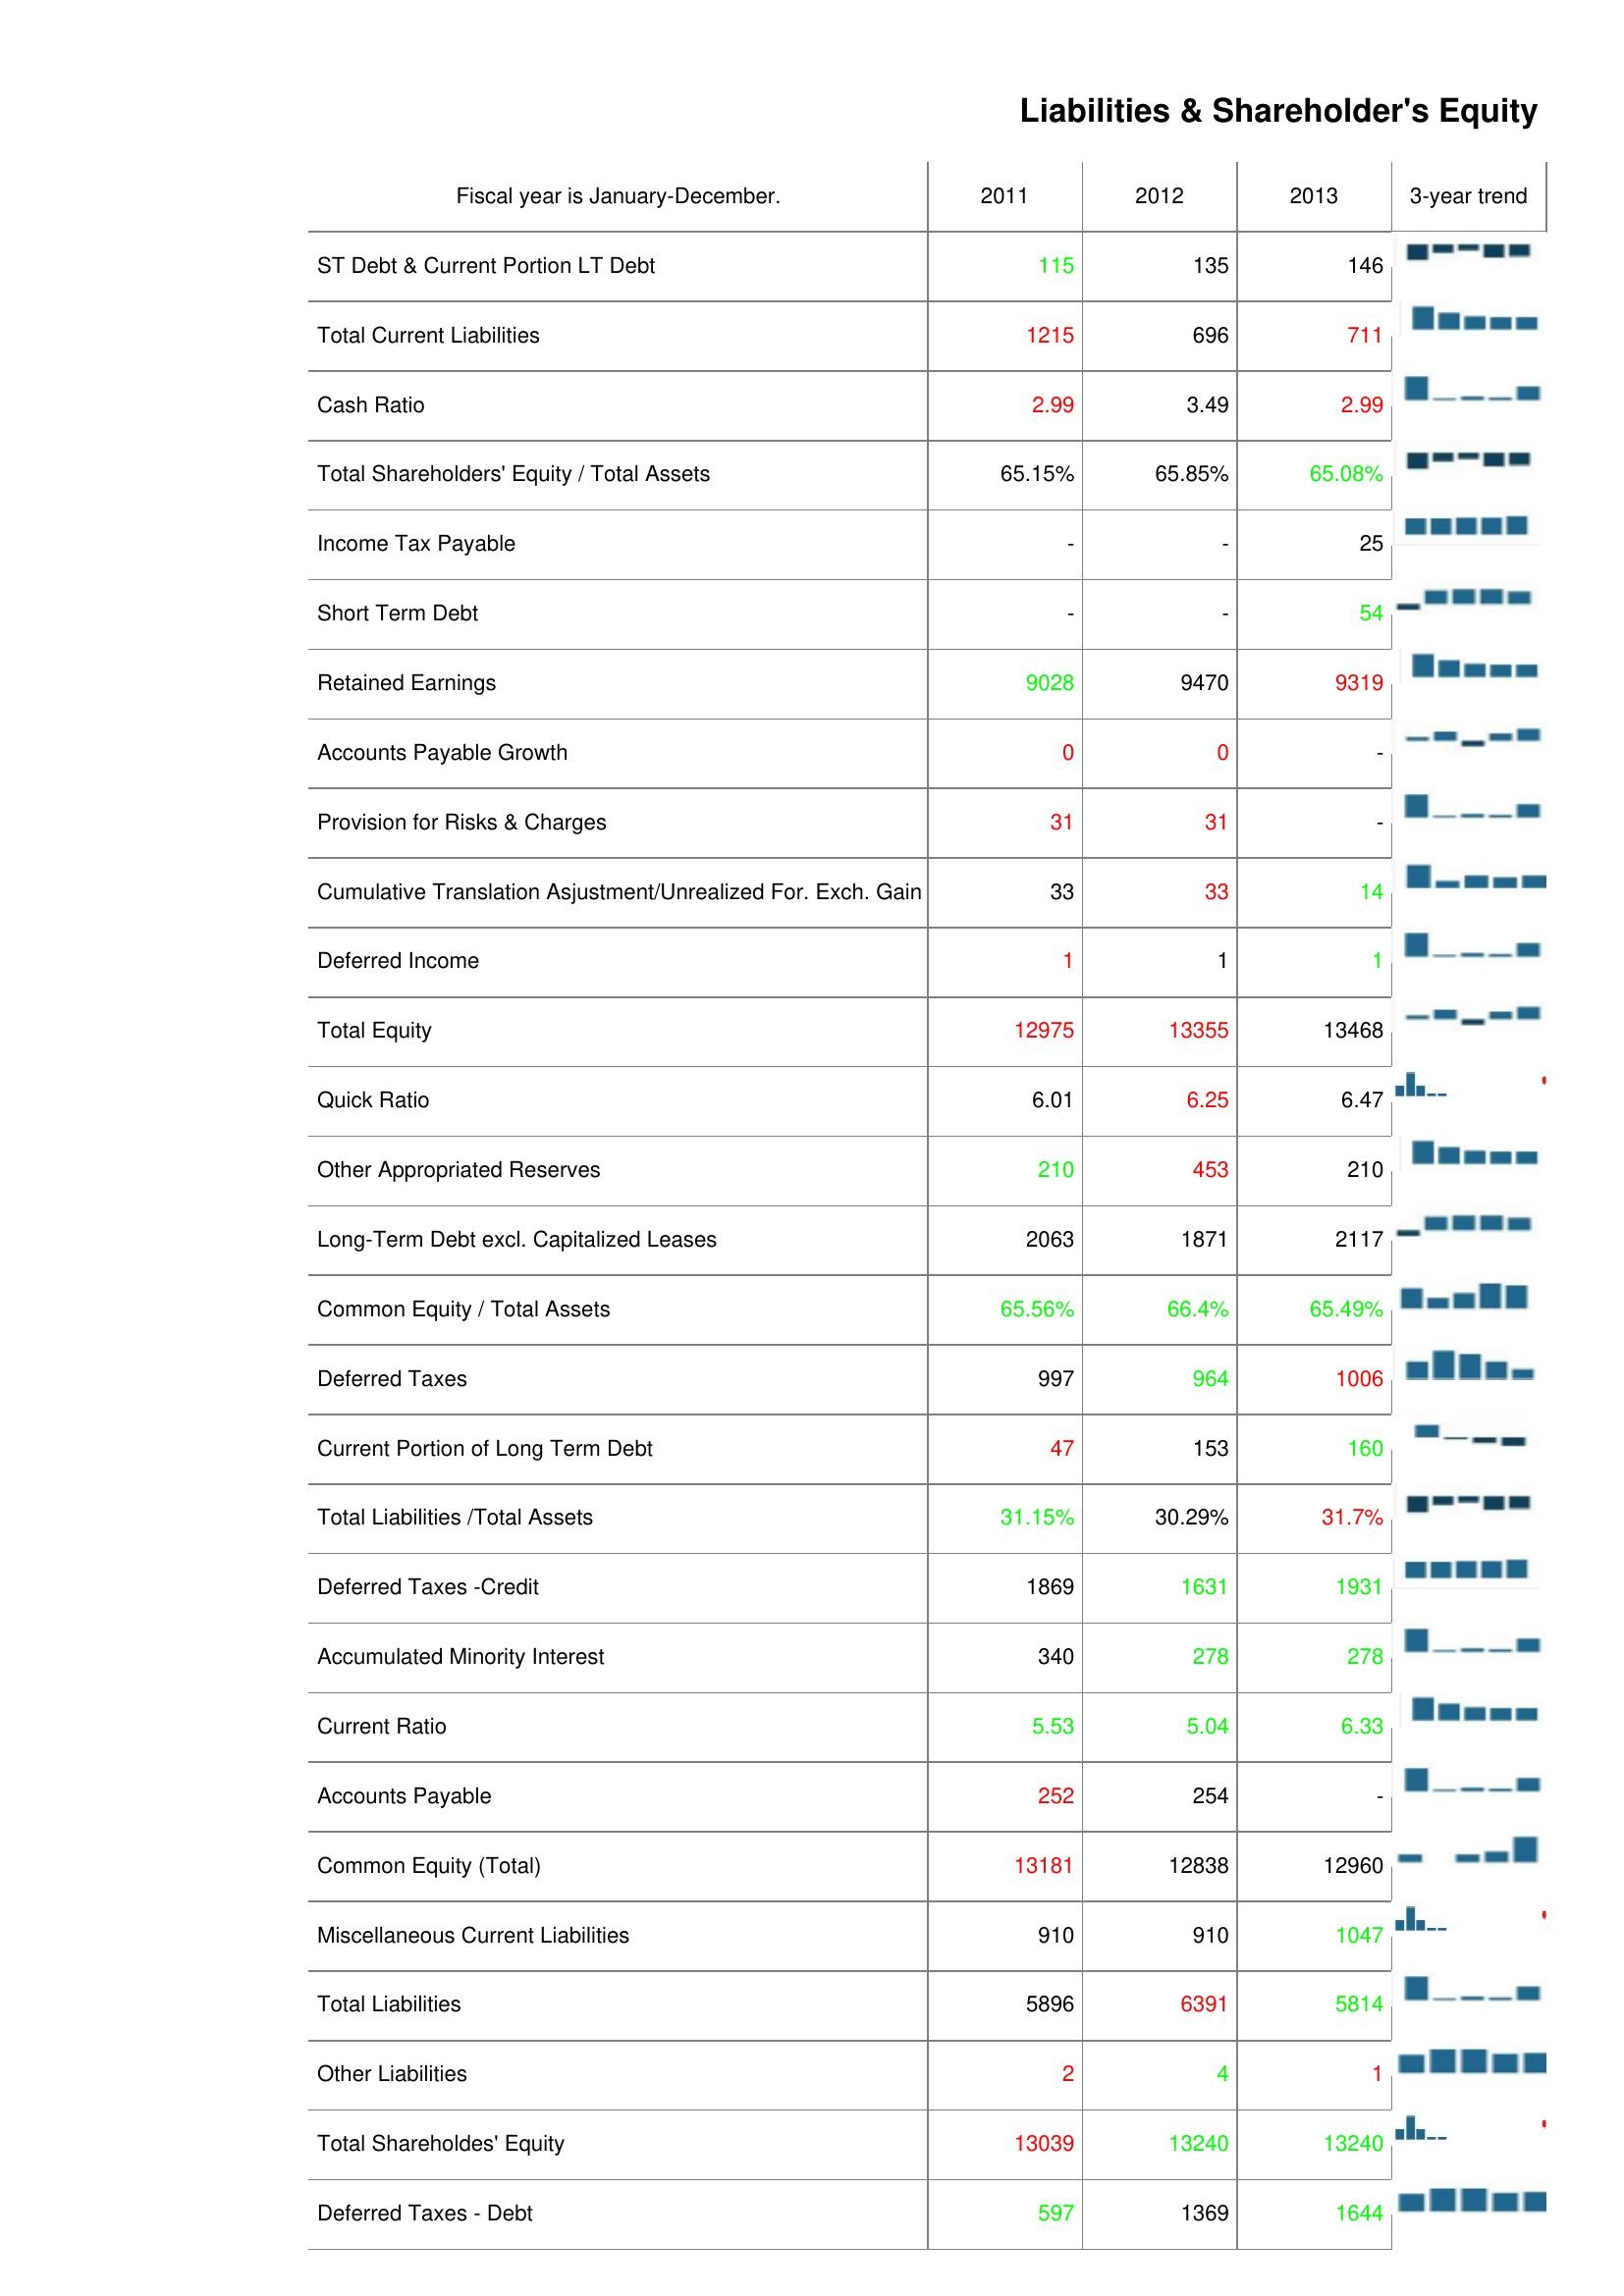
2011: Liabilities & Shareholder's Equity: ST Debt & Current Portion LT Debt: 115
Total Current Liabilities: 1215
Cash Ratio: 2.99
Total Shareholders' Equity / Total Assets: 65.15%
Income Tax Payable: -
Short Term Debt: -
Retained Earnings: 9028
Accounts Payable Growth: 0
Provision for Risks & Charges: 31
Cumulative Translation Asjustment/Unrealized For. Exch. Gain: 33
Deferred Income: 1
Total Equity: 12975
Quick Ratio: 6.01
Other Appropriated Reserves: 210
Long-Term Debt excl. Capitalized Leases: 2063
Common Equity / Total Assets: 65.56%
Deferred Taxes: 997
Current Portion of Long Term Debt: 47
Total Liabilities /Total Assets: 31.15%
Deferred Taxes -Credit: 1869
Accumulated Minority Interest: 340
Current Ratio: 5.53
Accounts Payable: 252
Common Equity (Total): 13181
Miscellaneous Current Liabilities: 910
Total Liabilities: 5896
Other Liabilities: 2
Total Shareholdes' Equity: 13039
Deferred Taxes - Debt: 597
2012: Liabilities & Shareholder's Equity: ST Debt & Current Portion LT Debt: 135
Total Current Liabilities: 696
Cash Ratio: 3.49
Total Shareholders' Equity / Total Assets: 65.85%
Income Tax Payable: -
Short Term Debt: -
Retained Earnings: 9470
Accounts Payable Growth: 0
Provision for Risks & Charges: 31
Cumulative Translation Asjustment/Unrealized For. Exch. Gain: 33
Deferred Income: 1
Total Equity: 13355
Quick Ratio: 6.25
Other Appropriated Reserves: 453
Long-Term Debt excl. Capitalized Leases: 1871
Common Equity / Total Assets: 66.4%
Deferred Taxes: 964
Current Portion of Long Term Debt: 153
Total Liabilities /Total Assets: 30.29%
Deferred Taxes -Credit: 1631
Accumulated Minority Interest: 278
Current Ratio: 5.04
Accounts Payable: 254
Common Equity (Total): 12838
Miscellaneous Current Liabilities: 910
Total Liabilities: 6391
Other Liabilities: 4
Total Shareholdes' Equity: 13240
Deferred Taxes - Debt: 1369
2013: Liabilities & Shareholder's Equity: ST Debt & Current Portion LT Debt: 146
Total Current Liabilities: 711
Cash Ratio: 2.99
Total Shareholders' Equity / Total Assets: 65.08%
Income Tax Payable: 25
Short Term Debt: 54
Retained Earnings: 9319
Accounts Payable Growth: -
Provision for Risks & Charges: -
Cumulative Translation Asjustment/Unrealized For. Exch. Gain: 14
Deferred Income: 1
Total Equity: 13468
Quick Ratio: 6.47
Other Appropriated Reserves: 210
Long-Term Debt excl. Capitalized Leases: 2117
Common Equity / Total Assets: 65.49%
Deferred Taxes: 1006
Current Portion of Long Term Debt: 160
Total Liabilities /Total Assets: 31.7%
Deferred Taxes -Credit: 1931
Accumulated Minority Interest: 278
Current Ratio: 6.33
Accounts Payable: -
Common Equity (Total): 12960
Miscellaneous Current Liabilities: 1047
Total Liabilities: 5814
Other Liabilities: 1
Total Shareholdes' Equity: 13240
Deferred Taxes - Debt: 1644